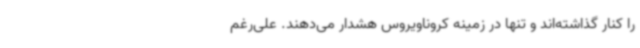
را کنار گذاشته‌اند و تنها در زمینه کروناویروس هشدار می‌دهند. علی‌رغم